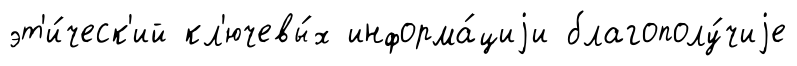
эт'и́ческ'ий кл'ючевы́х информа́циjи благополу́чиjе